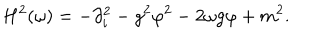
H ^ { 2 } ( \omega ) = - \partial _ { i } ^ { 2 } - g ^ { 2 } \varphi ^ { 2 } - 2 \omega g \varphi + m ^ { 2 } .